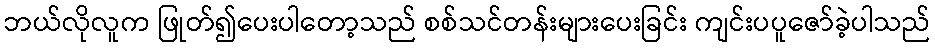
ဘယ်လိုလူက ဖြုတ်၍ပေးပါတော့သည် စစ်သင်တန်းများပေးခြင်း ကျင်းပပူဇော်ခဲ့ပါသည်